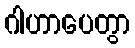
ဂါဟာပေတွာ